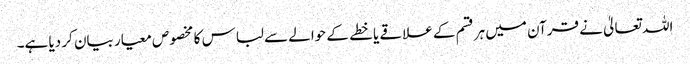
اللہ تعالیٰ نے قرآن میں ہرقسم کے علاقے یا خطے کے حوالے سے لباس کا مخصوص معیار بیان کر دیا ہے۔